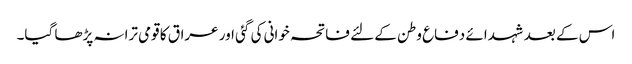
اس کے بعد شہدائے دفاع وطن کے لئے فاتحہ خوانی کی گئی اور عراق کا قومی ترانہ پڑھا گیا۔